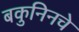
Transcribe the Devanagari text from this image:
बकुनिनचे